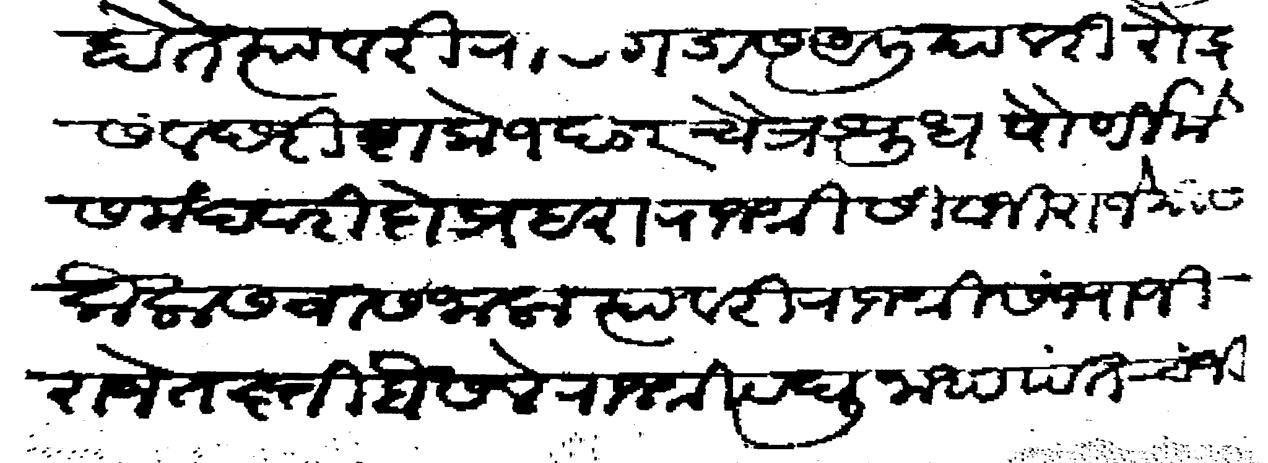
Transliteration (Devanagari): होते त्यावरी रायेगडास आलियावरी रौद्र संवछरी शके १६०२ चैत्र शुध पौर्णिमेस मंदवारी दो प्रहरा राजश्री सिवाजी राजे यास कैलासवास जाला त्यावरी राजश्री संभाजी राजे तख्ती बैसले राजश्री रघुनाथपंत चंजीहून